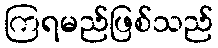
ကြရမည်ဖြစ်သည်